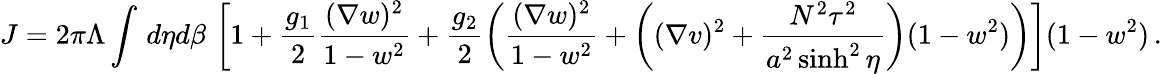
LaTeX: J=2\pi\Lambda\int\, d\eta d\beta\, \left[1+\frac{g_{1}}{2}\frac{(\nabla w)^{2}}{1-w^{2}}+\frac{g_{2}}{2}\left(\frac{(\nabla w)^{2}}{1-w^{2}}+\left((\nabla v)^{2}+\frac{N^{2}\tau^{2}}{a^{2}\sinh^{2}\eta}\right)(1-w^{2})\right)\right](1-w^{2})\, .